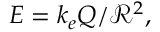
E = k _ { e } Q / { \mathcal { R } } ^ { 2 } ,